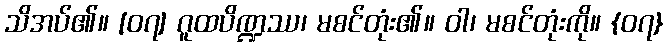
သိအပ်၏။ [၀၇] ဂူထပိဏ္ဍဿ၊ မစင်တုံး၏။ ဝါ၊ မစင်တုံးကို။ {၀၇}